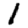
Digit: 1